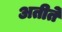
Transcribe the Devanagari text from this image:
अतीते